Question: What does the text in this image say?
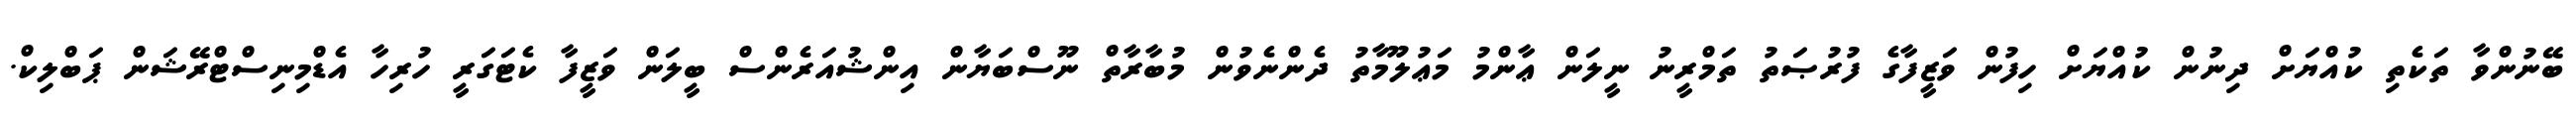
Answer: ބޭނުންވާ ތަކެތި ކުއްޔަށް ދިނުން ކުއްޔަށް ހިފުން ވަޒީފާގެ ފުރުޞަތު ތަމްރީނު ނީލަން ޢާންމު މަޢުލޫމާތު ދެންނެވުން މުބާރާތް ނޫސްބަޔާން އިންޝުއަރެންސް ބީލަން ވަޒީފާ ކެޓަގަރީ ހުރިހާ އެޑްމިނިސްޓްރޭޝަން ޕަބްލިކް.